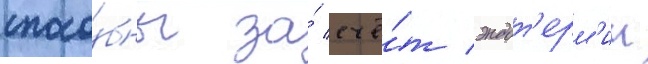
спосо́бны за́ счё́т эндот'ерм'ии